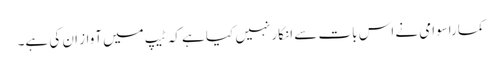
کماراسوامی نے اس بات سے انکار نہیں کیا ہے کہ ٹیپ میں آواز ان کی ہے۔